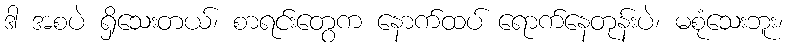
ဒါ အစပဲ ရှိသေးတယ်၊ စာရင်းတွေက နောက်ထပ် ရောက်နေတုန်းပဲ၊ မစုံသေးဘူး၊